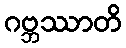
ဂဗ္ဘဿာတိ